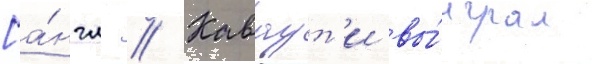
[а́нгл. // Каваут'и вы́играл